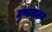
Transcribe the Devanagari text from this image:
मुण्डमालम्